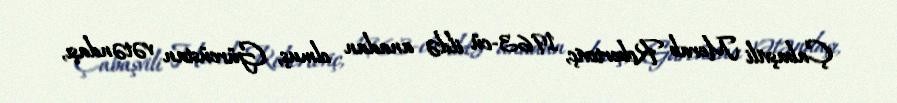
Çabaşvili Merab Robertoviç, 1963-cü ildə anadan olmuş, Gürcüstan vətəndaşı,